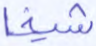
شيخا